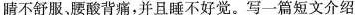
睛不舒服，腰酸背痛，并且睡不好觉。写一篇短文介绍